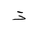
Letter: _thal